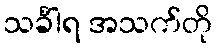
သင်္ခါရ အသက်တို